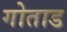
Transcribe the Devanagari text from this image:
गोताड